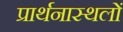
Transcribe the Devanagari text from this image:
प्रार्थनास्थलों